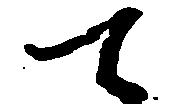
て